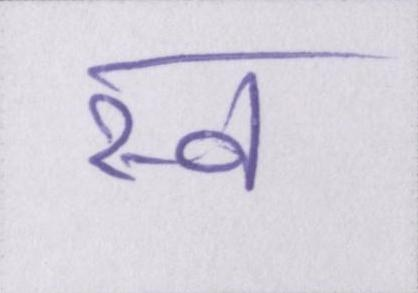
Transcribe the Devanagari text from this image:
स्व